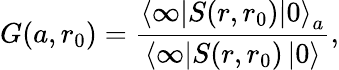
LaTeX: G(a,r_{0})=\frac{\left\langle\infty\right|S(r,r_{0})\left|0\right\rangle_{a}}{\left\langle\infty\right|S(r,r_{0})\left|0\right\rangle},